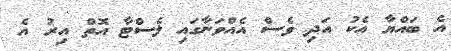
އެ ބައްޔާ އެކު އަދި ވެސް އެއްވަނާގައި ލެސްޓާ އޮތް އިރު އެ